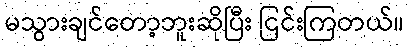
မသွားချင်တော့ဘူးဆိုပြီး ငြင်းကြတယ်။